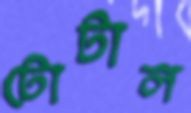
টোটাল